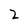
Character: 2